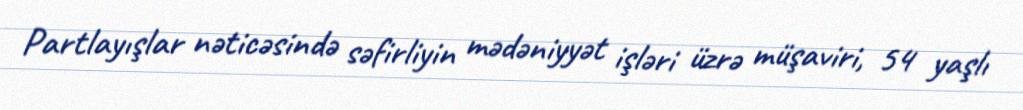
Partlayışlar nəticəsində səfirliyin mədəniyyət işləri üzrə müşaviri, 54 yaşlı